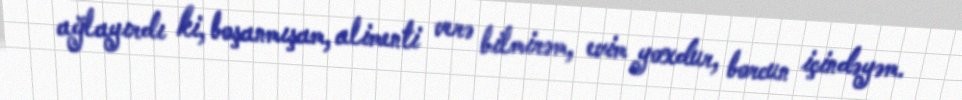
ağlayırdı ki, boşanmışam, alimenti verə bilmirəm, evim yoxdur, borcun içindəyəm.